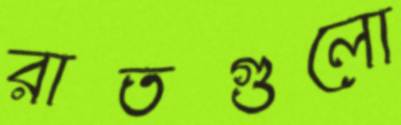
রাতগুলো